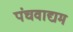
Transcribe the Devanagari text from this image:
पंचवाद्यम